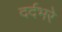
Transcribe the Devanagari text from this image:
दर्दभरे